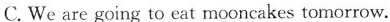
C.We are going to eat mooncakes tomorrow.